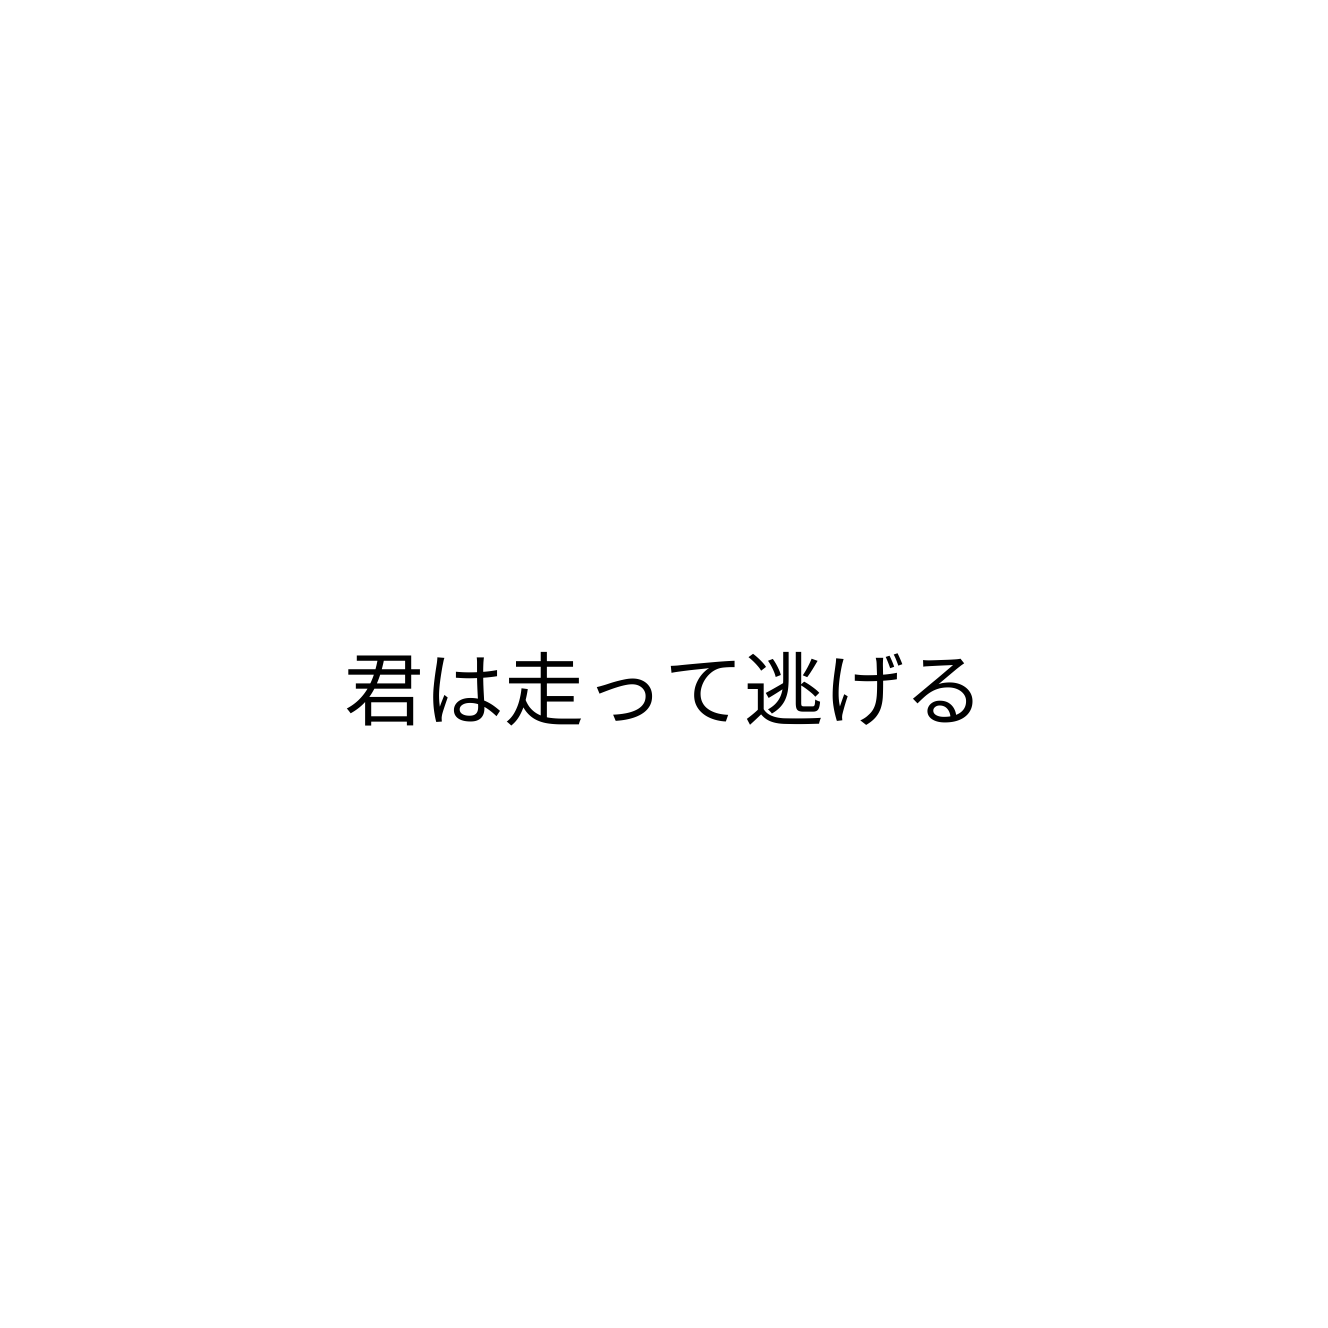
君は走って逃げる